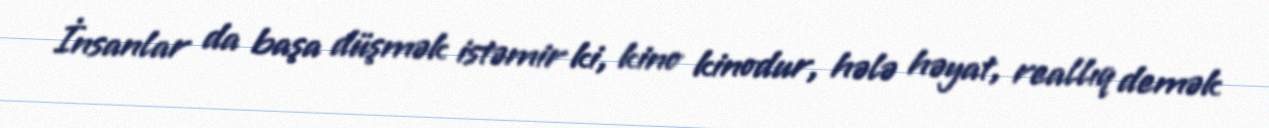
İnsanlar da başa düşmək istəmir ki, kino kinodur, hələ həyat, reallıq demək